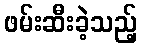
ဖမ်းဆီးခဲ့သည့်